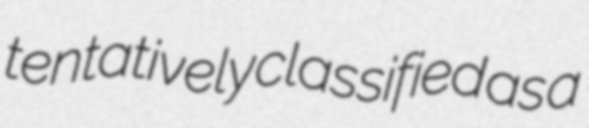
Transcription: tentatively classified as a